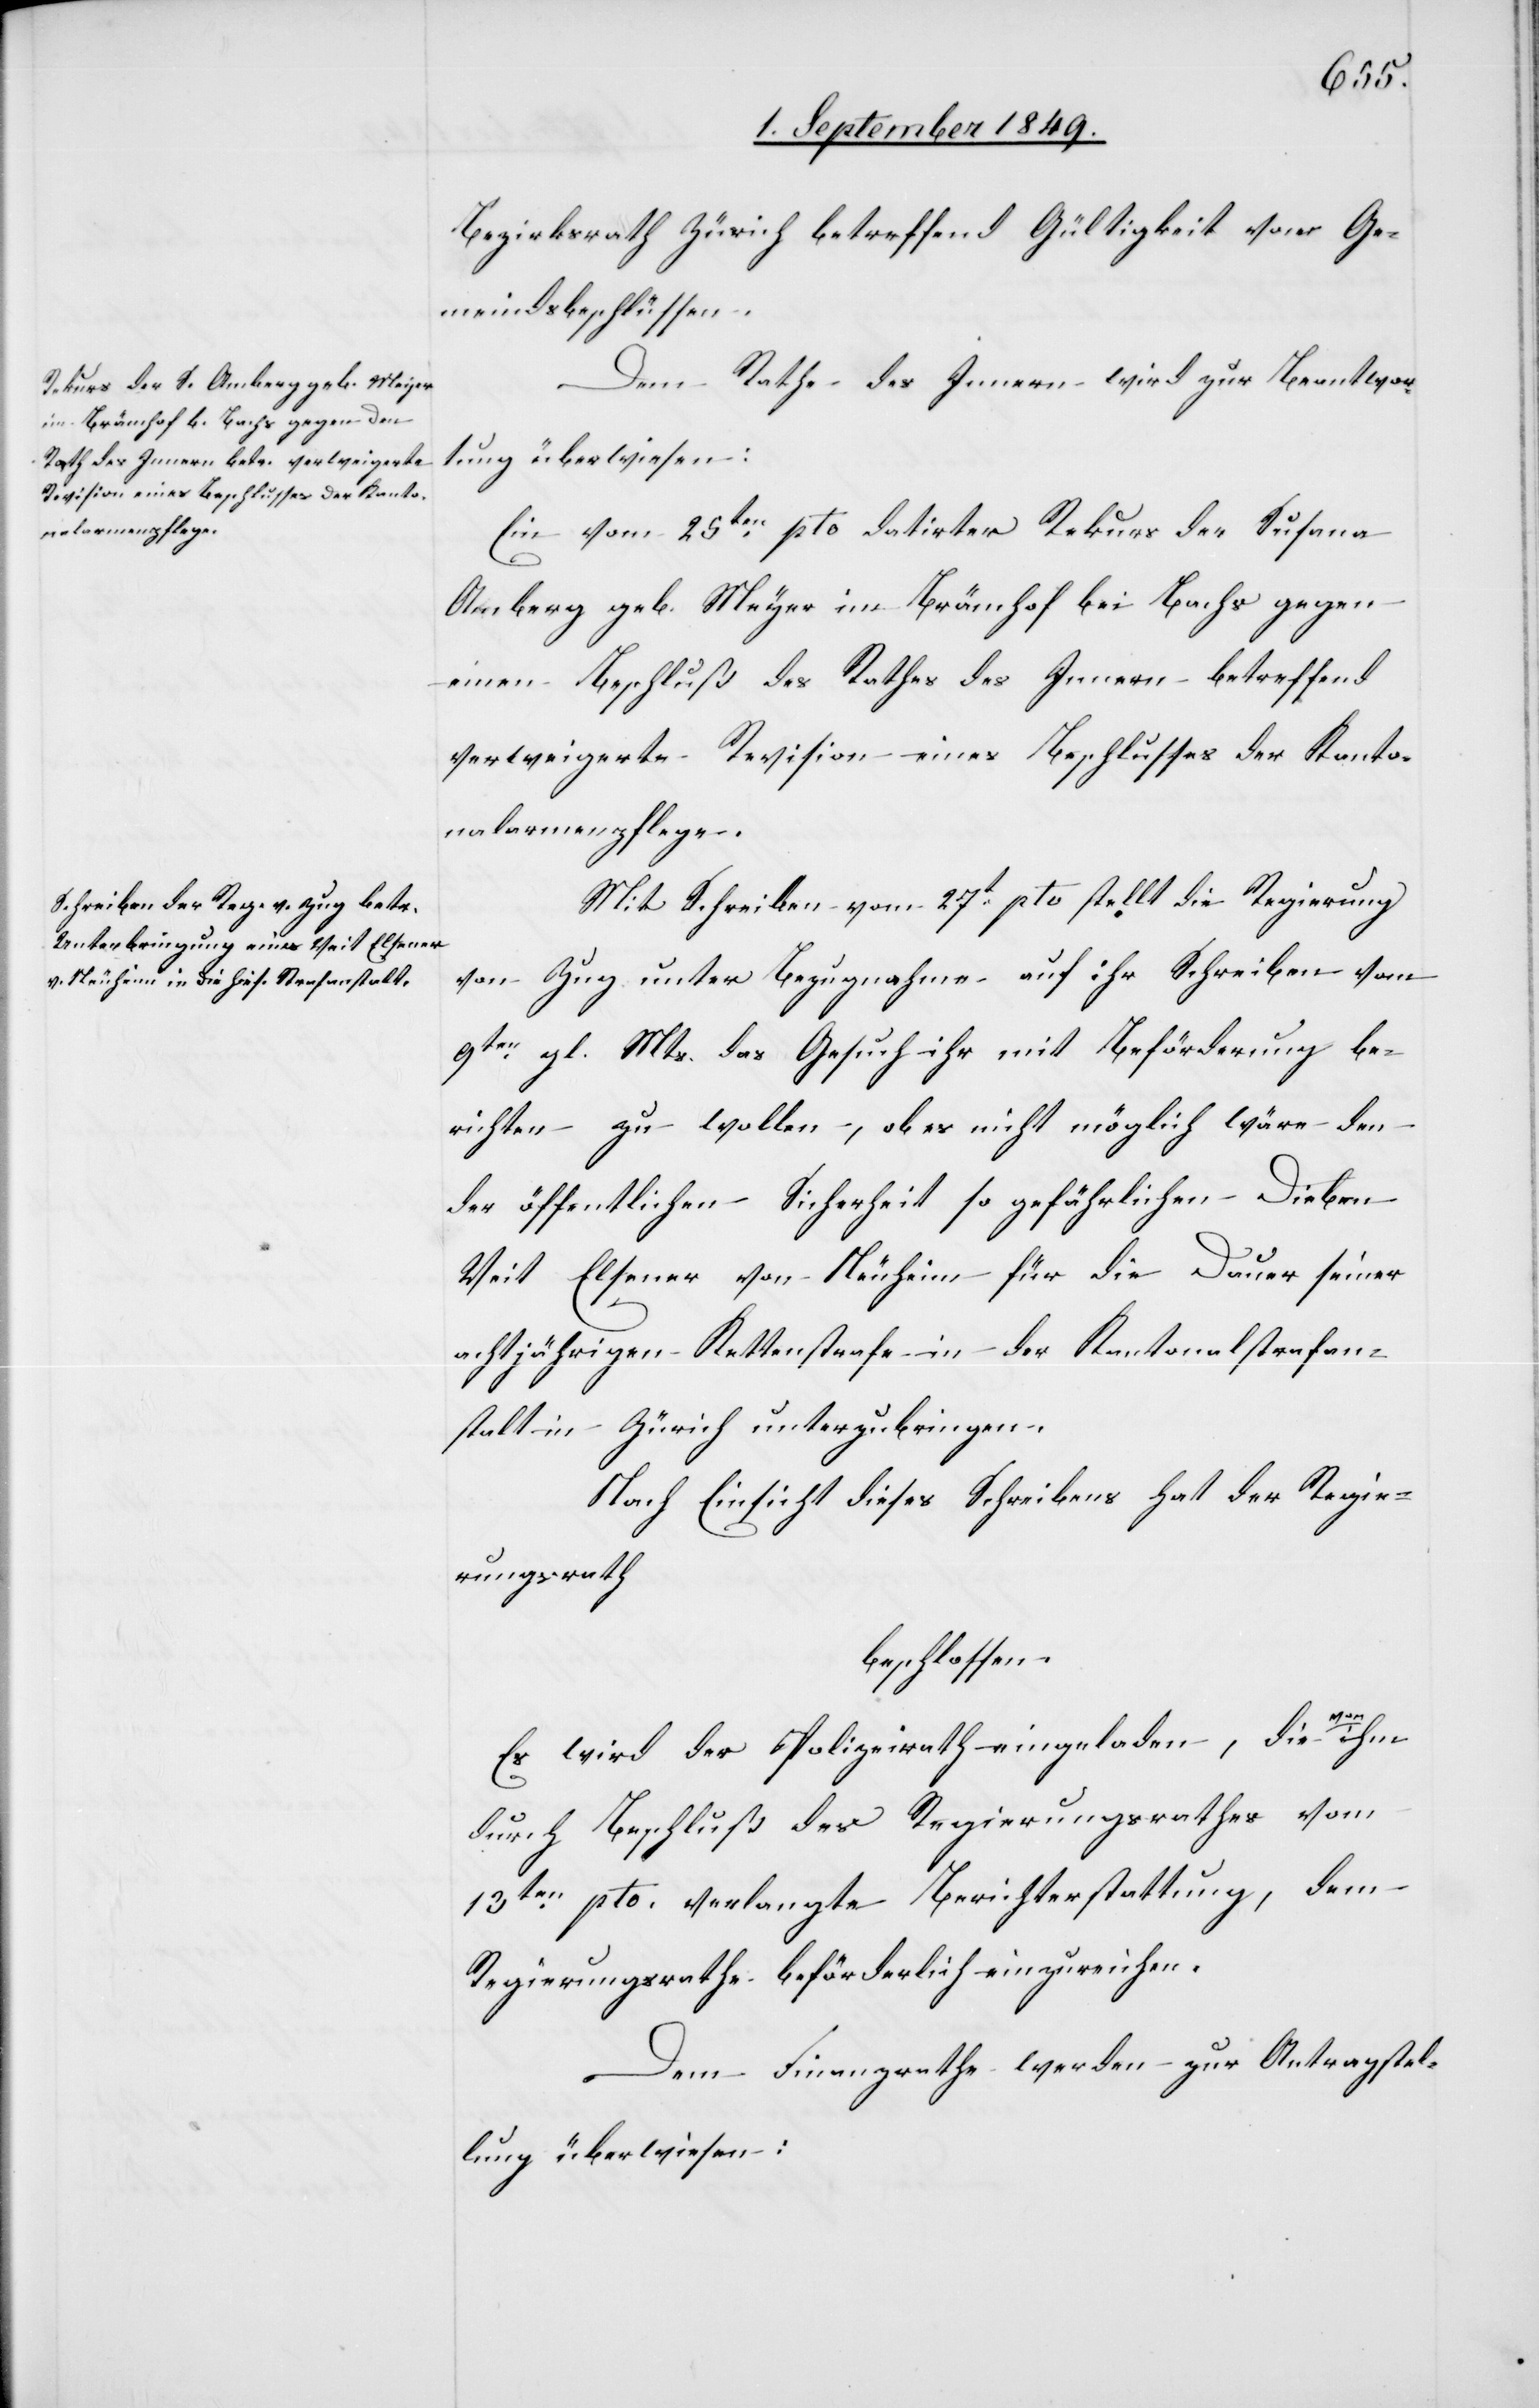
Bezirksrath Zürich betreffend Gültigkeit von Ge¬
meindsbeschlüssen.
Dem Rathe des Innern wird zur Beantwor¬
tung überwiesen:
Ein vom 25ten pto datirter Rekurs der Susana
Amberg geb. Meyer im Brämhof bei Bachs gegen
einen Beschluß des Rathes des Innern betreffend
verweigerte Revision eines Beschlusses der Kanto¬
nalarmenpflege.
Mit Schreiben vom 27t pto stellt die Regierung
von Zug unter Bezugnahme auf ihr Schreiben vom
9ten gl. Mts. das Gesuch ihr mit Beförderung be¬
richten zu wollen, ob es nicht möglich wäre den
der öffentlichen Sicherheit so gefährlichen Dieben
Veit Elsener von Neuheim für die Dauer seiner
achtjährigen Kettenstrafe in der Kantonalstrafan¬
stalt in Zürich unterzubringen.
Nach Einsicht dieses Schreibens hat der Regie¬
rungsrath
beschlossen:
Es wird der Polizeirath eingeladen, die von
durch Beschluß des Regierungsrathes vom
13ten pto. verlangte Berichterstattung, dem
Regierungsrathe beförderlich einzureichen.
Dem Finanzrathe werden zur Antragstel¬
lung überwiesen: